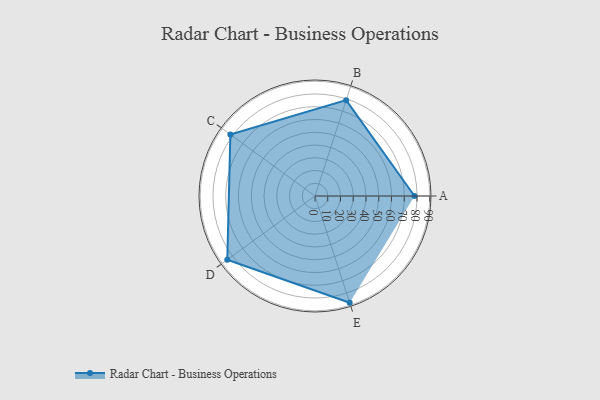
{"axis": {"x": "Skill", "y": "Score"}, "legend": ["Profile"], "data": [{"x": "A", "y": 78.0, "type": "Profile"}, {"x": "B", "y": 79.0, "type": "Profile"}, {"x": "C", "y": 82.0, "type": "Profile"}, {"x": "D", "y": 85.0, "type": "Profile"}, {"x": "E", "y": 88.0, "type": "Profile"}]}